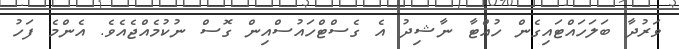
ވަރުދާ ބަލަހައްޓައިގެން ހުއްޓާ ނާޝިދު އެ ގެސްޓްހައުސްއިން ގޮސް ނުކުމެއްޖެއެވެ. އެންމެ ފަހު